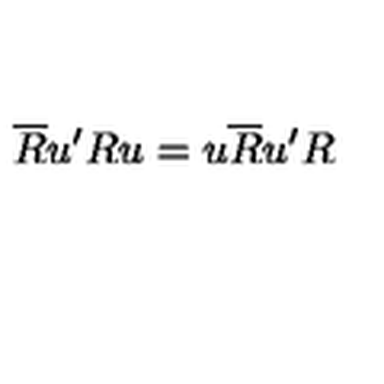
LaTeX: \overline { { R } } u ^ { \prime } R u = u \overline { { R } } u ^ { \prime } R